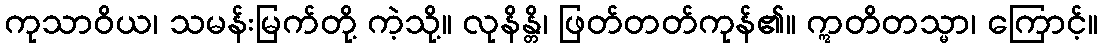
ကုသာဝိယ၊ သမန်းမြက်တို့ ကဲ့သို့။ လုနိန္တိ၊ ဖြတ်တတ်ကုန်၏။ ဣတိတသ္မာ၊ ကြောင့်။